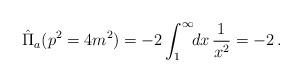
LaTeX: \begin{align*}\hat{\Pi}_{a}(p^2=4m^2)=-2\int_{1}^{\infty}\!\! dx\,\frac{1}{x^2}=-2\,.\end{align*}